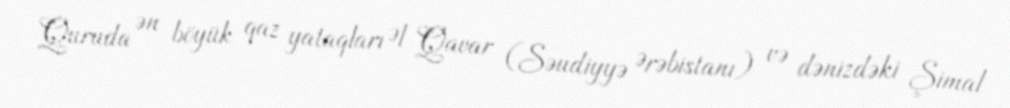
Quruda ən böyük qaz yataqları Əl Qavar (Səudiyyə Ərəbistanı) və dənizdəki Şimal